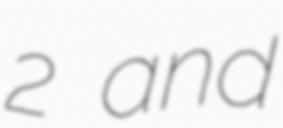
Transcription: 2 and